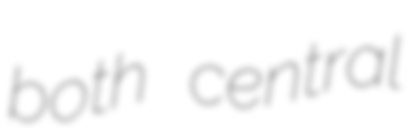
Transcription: both central